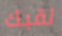
لقبك